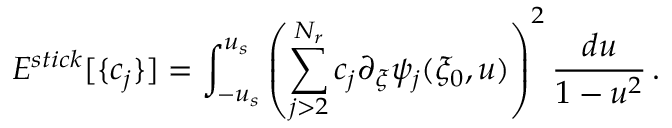
E ^ { s t i c k } [ \{ c _ { j } \} ] = \int _ { - u _ { s } } ^ { u _ { s } } \left( \sum _ { j > 2 } ^ { N _ { r } } c _ { j } \partial _ { \xi } \psi _ { j } ( \xi _ { 0 } , u ) \right) ^ { 2 } \frac { d { u } } { 1 - u ^ { 2 } } \, . \